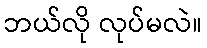
ဘယ်လို လုပ်မလဲ။